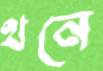
থনে